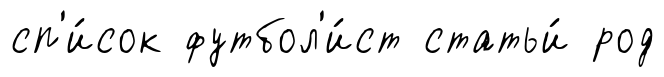
сп'и́сок футбол'и́ст статьи́ род